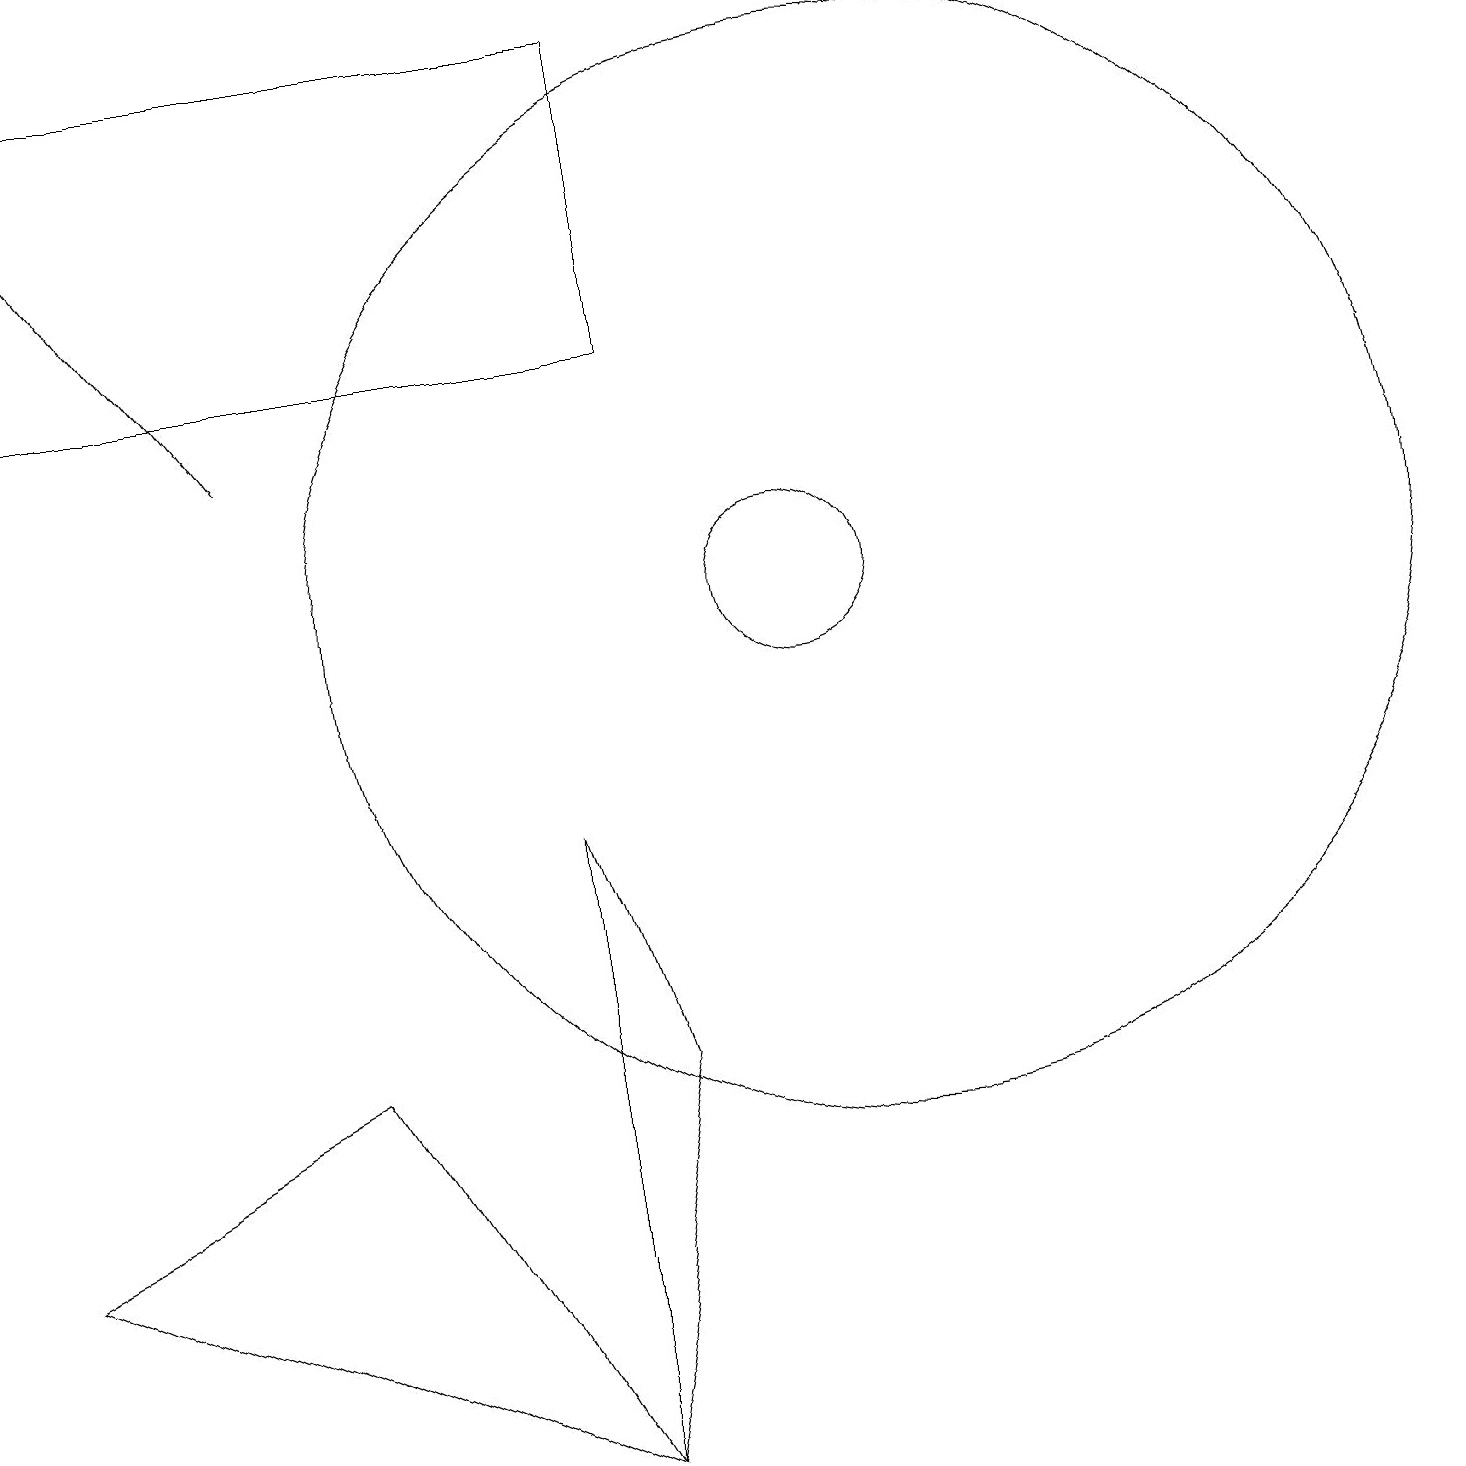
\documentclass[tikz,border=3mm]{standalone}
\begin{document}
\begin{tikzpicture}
\draw[->] (3,14) -- (0,18);
\draw (10,12) circle (1);
\draw (11,12) circle (7);
\draw (0,15) rectangle (8,19);
\draw (7,9) -- (8,6) -- (7,1) -- cycle;
\draw (0,4) -- (7,1) -- (4,6) -- cycle;
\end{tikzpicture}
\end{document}